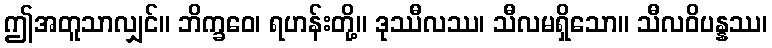
ဤအတူသာလျှင်။ ဘိက္ခဝေ၊ ရဟန်းတို့။ ဒုဿီလဿ၊ သီလမရှိသော။ သီလဝိပန္နဿ၊